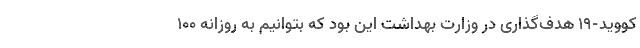
کووید-۱۹ هدف‌گذاری در وزارت بهداشت این بود که بتوانیم به روزانه ۱۰۰